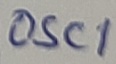
Text: OSC1